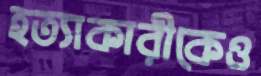
হত্যাকারীকেও